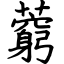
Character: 藭